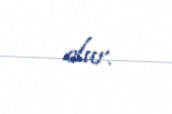
olur.